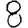
Digit: 8